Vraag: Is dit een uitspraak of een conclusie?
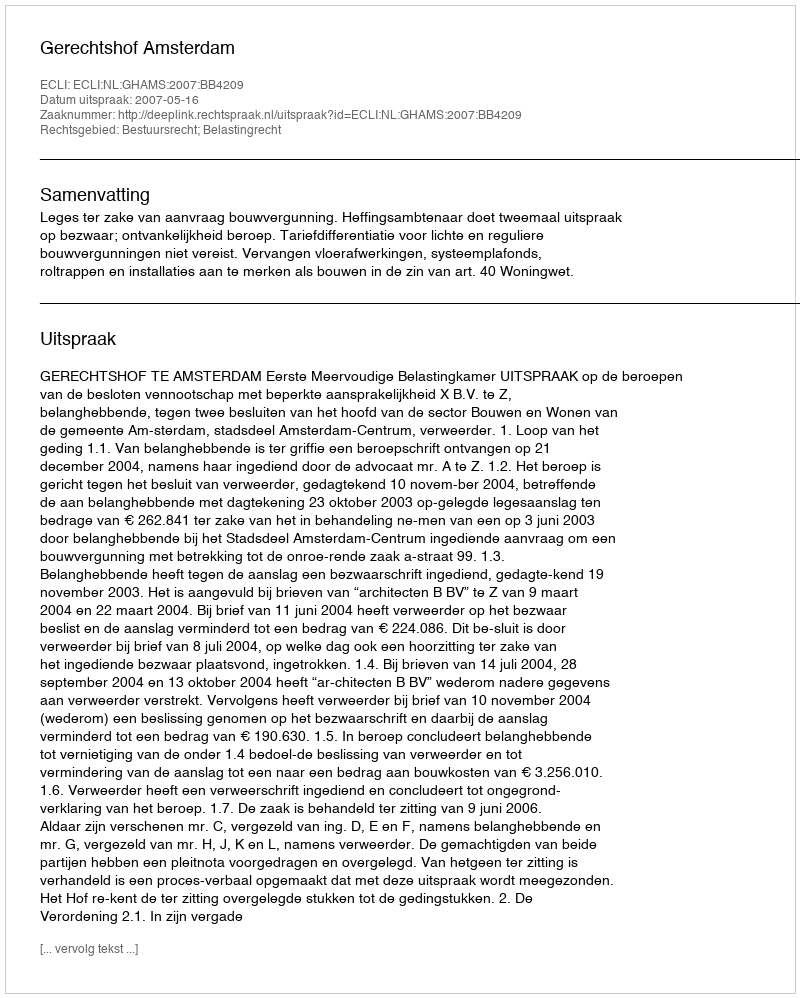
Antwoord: Uitspraak